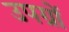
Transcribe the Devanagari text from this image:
उपग्रों